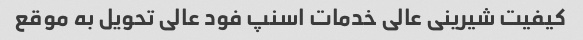
کیفیت شیرینی عالی خدمات اسنپ فود عالی تحویل به موقع